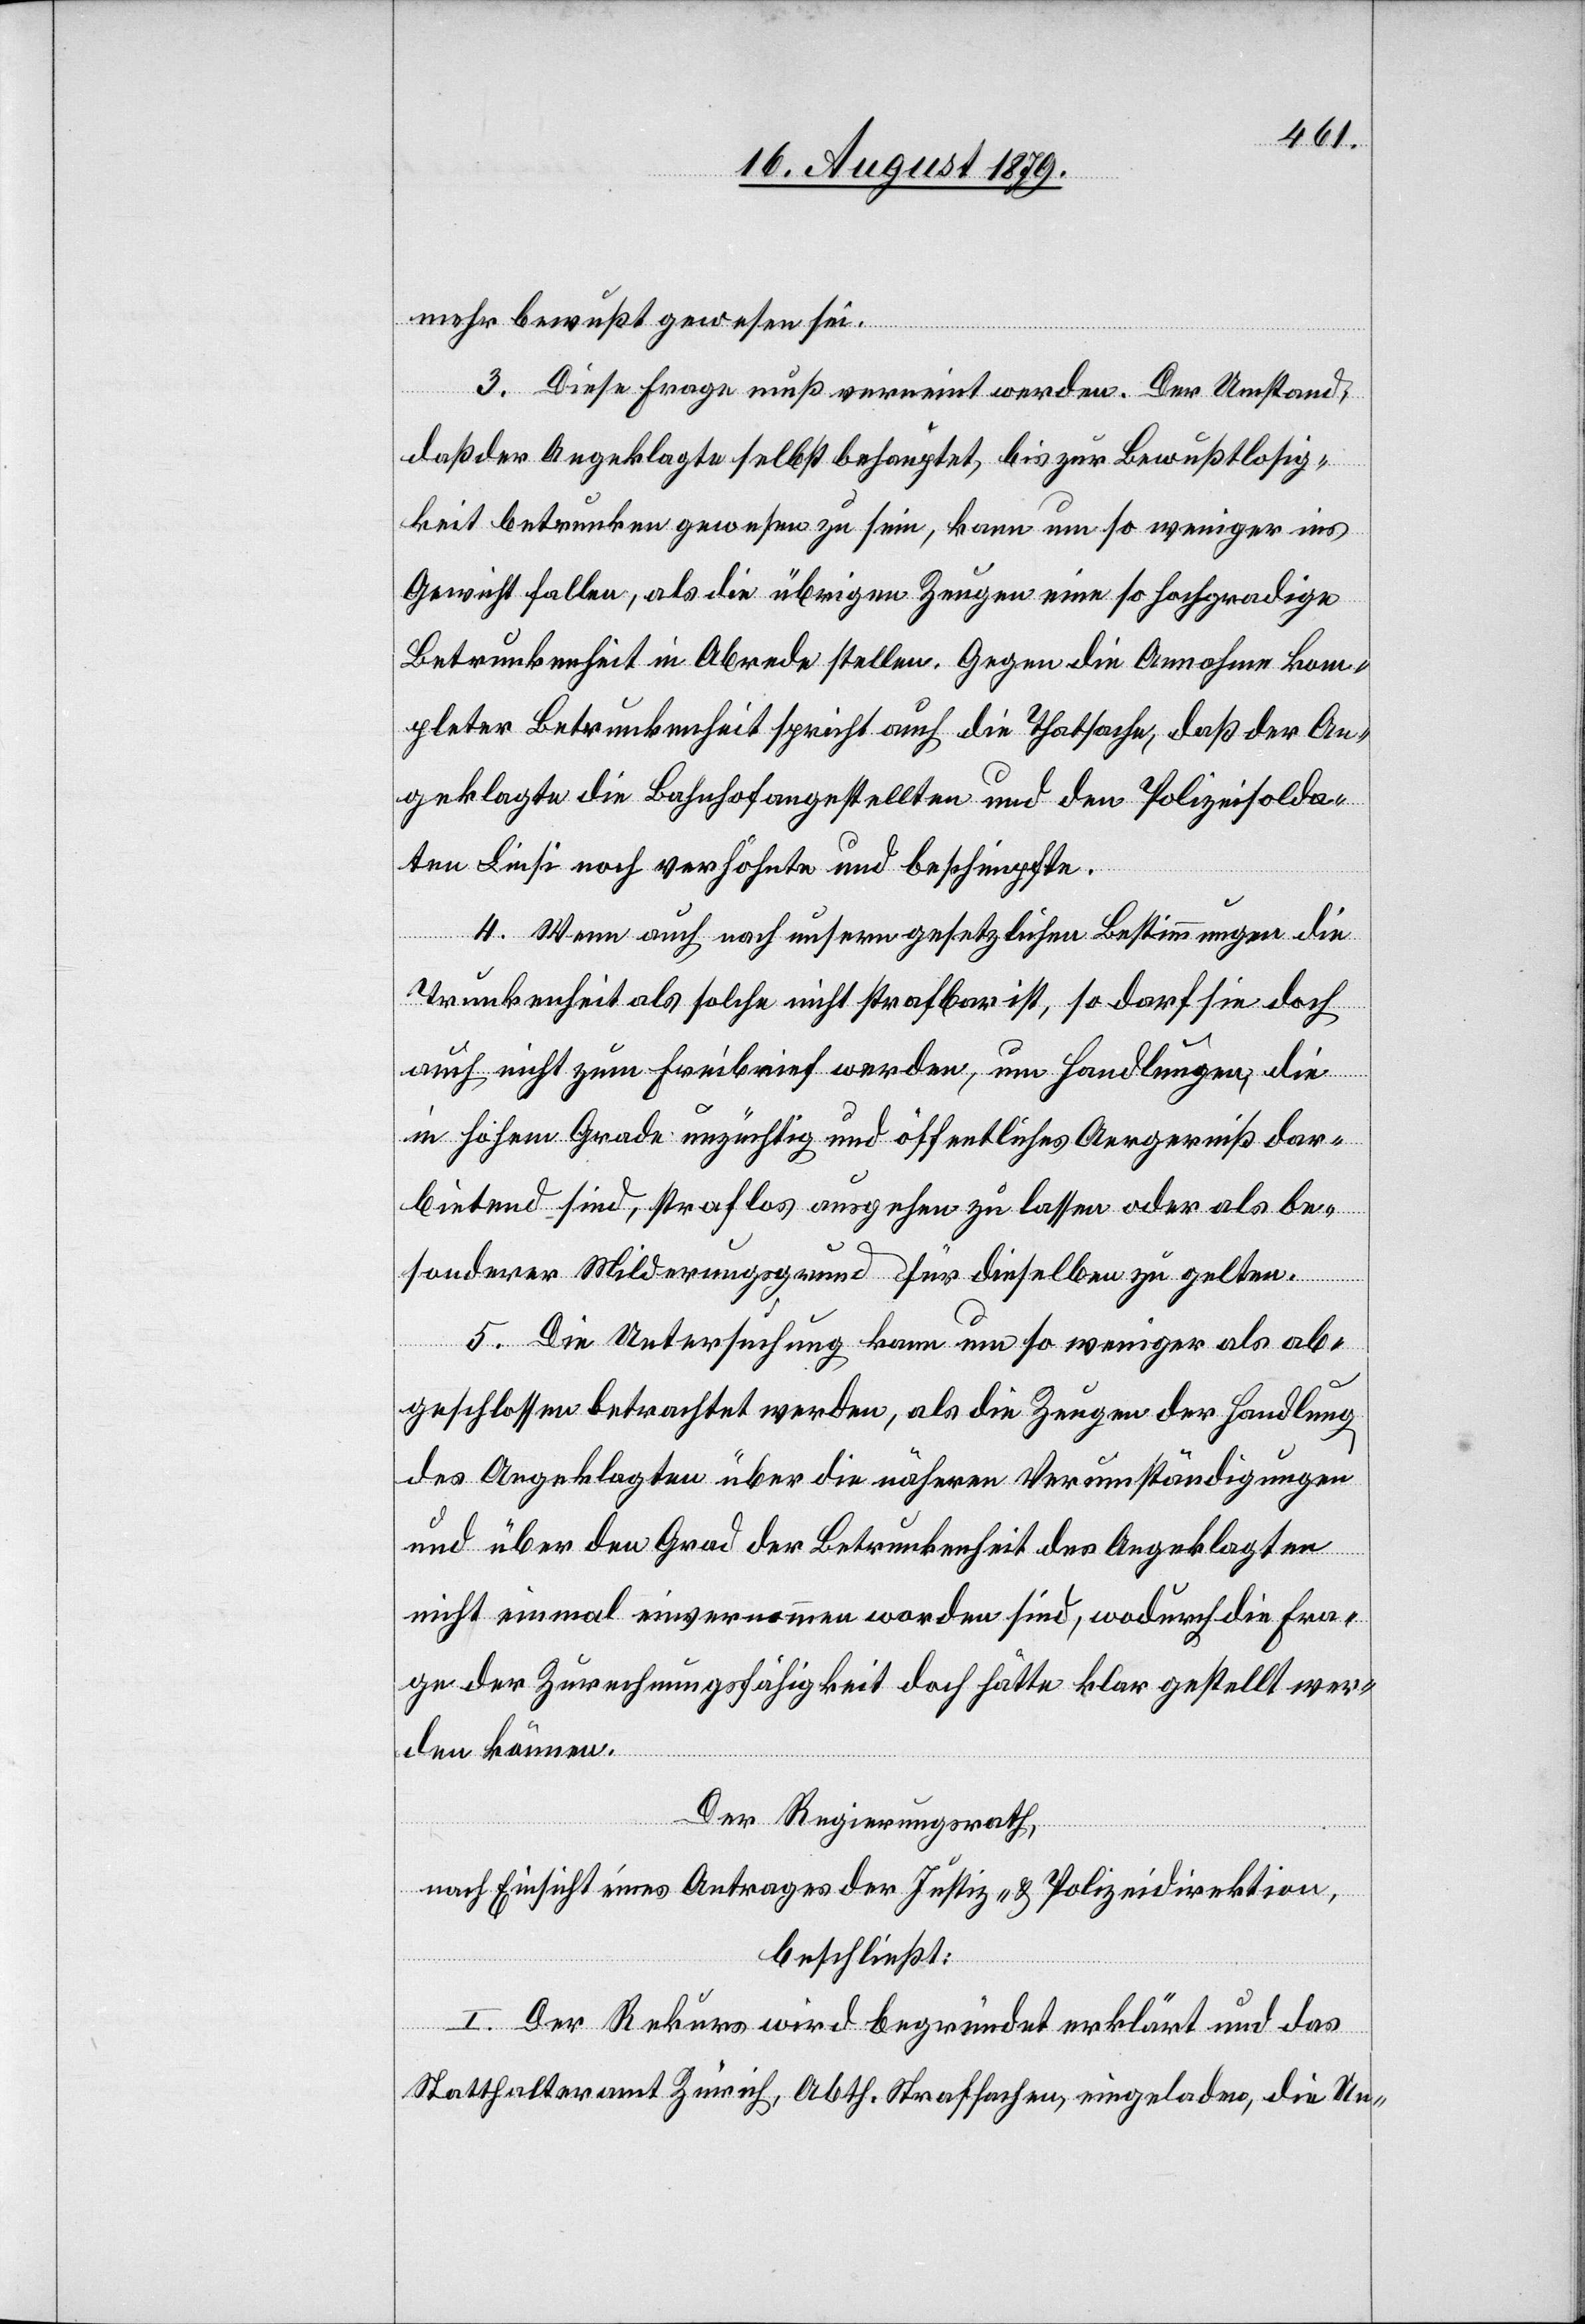
mehr bewusst gewesen sei.
3. Diese Frage muß verneint werden. Der Umstand,
daß der Angeklagte selbst behauptet, bis zur Bewusstlosig¬
keit betrunken gewesen zu sein, kann um so weniger ins
Gewicht fallen, als die übrigen Zeugen eine so hochgradige
Betrunkenheit in Abrede stellen. Gegen die Annahme kom¬
pleter Betrunkenheit spricht auch die Thatsache, daß der An¬
geklagte die Bahnhofangestellten und den Polizeisolda¬
ten Liesi noch verhöhnte und beschimpfte.
4. Wenn auch nach unseren gesetzlichen Bestimmungen die
Trunkenheit als solche nicht strafbar ist, so darf sie doch
auch nicht zum Freibrief werden, um Handlungen, die
in hohem Grade unzüchtig und öffentliches Aergerniß dar¬
bietend sind, straflos ausgehen zu lassen oder als be¬
sonderer Milderungsgrund für dieselben zu gelten.
5. Die Untersuchung kann um so weniger als ab¬
geschlossen betrachtet werden, als die Zeugen der Handlung
des Angeklagten über die nähern Verumständigungen
und über den Grad der Betrunkenheit des Angeklagten
nicht einmal einvernommen worden sind, wodurch die Fra¬
ge der Zurechnungsfähigkeit doch hätte klar gestellt wer¬
den können.
Der Regierungsrath,
nach Einsicht eines Antrages der Justiz- & Polizeidirektion,
beschließt:
I. Der Rekurs wird begründet erklärt und das
Statthalteramt Zürich, Abth. Strafsachen, eingeladen, die Un-